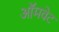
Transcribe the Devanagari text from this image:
ऑमवेट